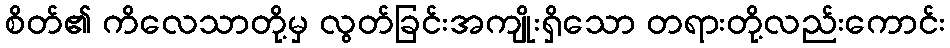
စိတ်၏ ကိလေသာတို့မှ လွတ်ခြင်းအကျိုးရှိသော တရားတို့လည်းကောင်း